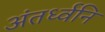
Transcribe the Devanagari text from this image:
अंतर्ध्वनि